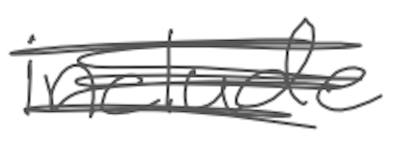
Text: include
Cross-out: scratch
Writing tool: digital_gray